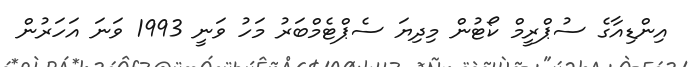
އިންޑިއާގެ ސުޕްރީމް ކޯޓުން މިދިޔަ ސެޕްޓެމްބަރު މަހު ވަނީ 1993 ވަނަ އަހަރުން